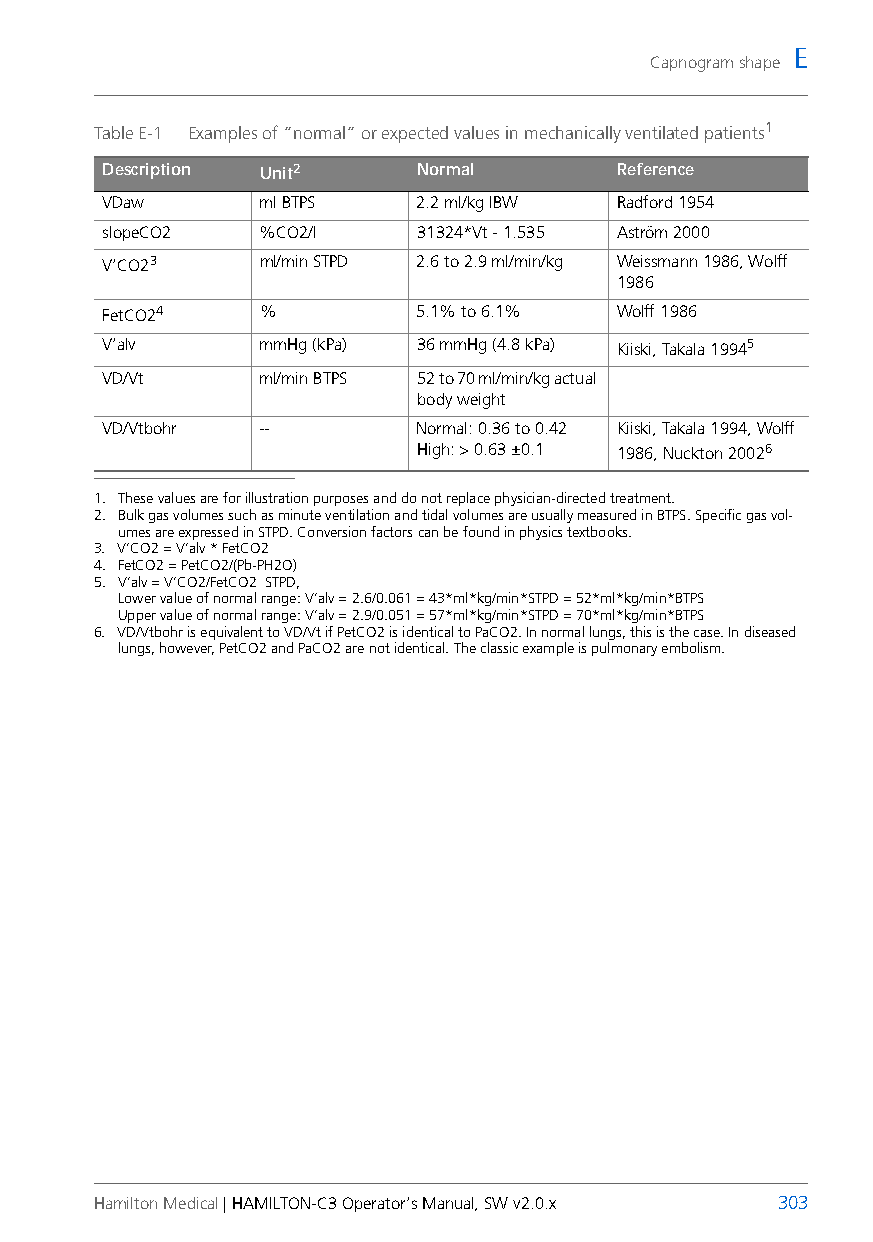
E
 Capnogram shape
 Table E-1 Examples of “normal” or expected values in mechanically ventilated patients1
 Description Unit2    Normal       Reference
 VDaw      ml BTPS    2.2 ml/kg IBW Radford 1954
 slopeCO2  %CO2/l     31324*Vt - 1.535 Aström 2000
 V’CO23    ml/min STPD 2.6 to 2.9 ml/min/kg Weissmann 1986, Wolff
 1986
 FetCO24   %          5.1% to 6.1% Wolff 1986
 V’alv     mmHg (kPa) 36 mmHg (4.8 kPa) Kiiski, Takala 19945
 VD/Vt     ml/min BTPS 52 to 70 ml/min/kg actual
 body weight
 VD/Vtbohr --         Normal: 0.36 to 0.42 Kiiski, Takala 1994, Wolff
 High: > 0.63 ±0.1 1986, Nuckton 20026
 1. These values are for illustration purposes and do not replace physician-directed treatment.
 2. Bulk gas volumes such as minute ventilation and tidal volumes are usually measured in BTPS. Specific gas vol-
 umes are expressed in STPD. Conversion factors can be found in physics textbooks.
 3. V’CO2 = V’alv * FetCO2
 4. FetCO2 = PetCO2/(Pb-PH2O)
 5. V’alv = V’CO2/FetCO2 STPD,
 Lower value of normal range: V’alv = 2.6/0.061 = 43*ml*kg/min*STPD = 52*ml*kg/min*BTPS
 Upper value of normal range: V’alv = 2.9/0.051 = 57*ml*kg/min*STPD = 70*ml*kg/min*BTPS
 6. VD/Vtbohr is equivalent to VD/Vt if PetCO2 is identical to PaCO2. In normal lungs, this is the case. In diseased
 lungs, however, PetCO2 and PaCO2 are not identical. The classic example is pulmonary embolism.
 Hamilton Medical | HAMILTON-C3 Operator’s Manual, SW v2.0.x 303